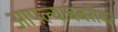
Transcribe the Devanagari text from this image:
आपल्याबबरोबर